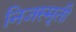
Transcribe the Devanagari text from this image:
निजस्मृती